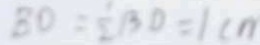
B O = \frac { 1 } { 2 } B D = 1 c m